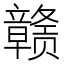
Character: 赣